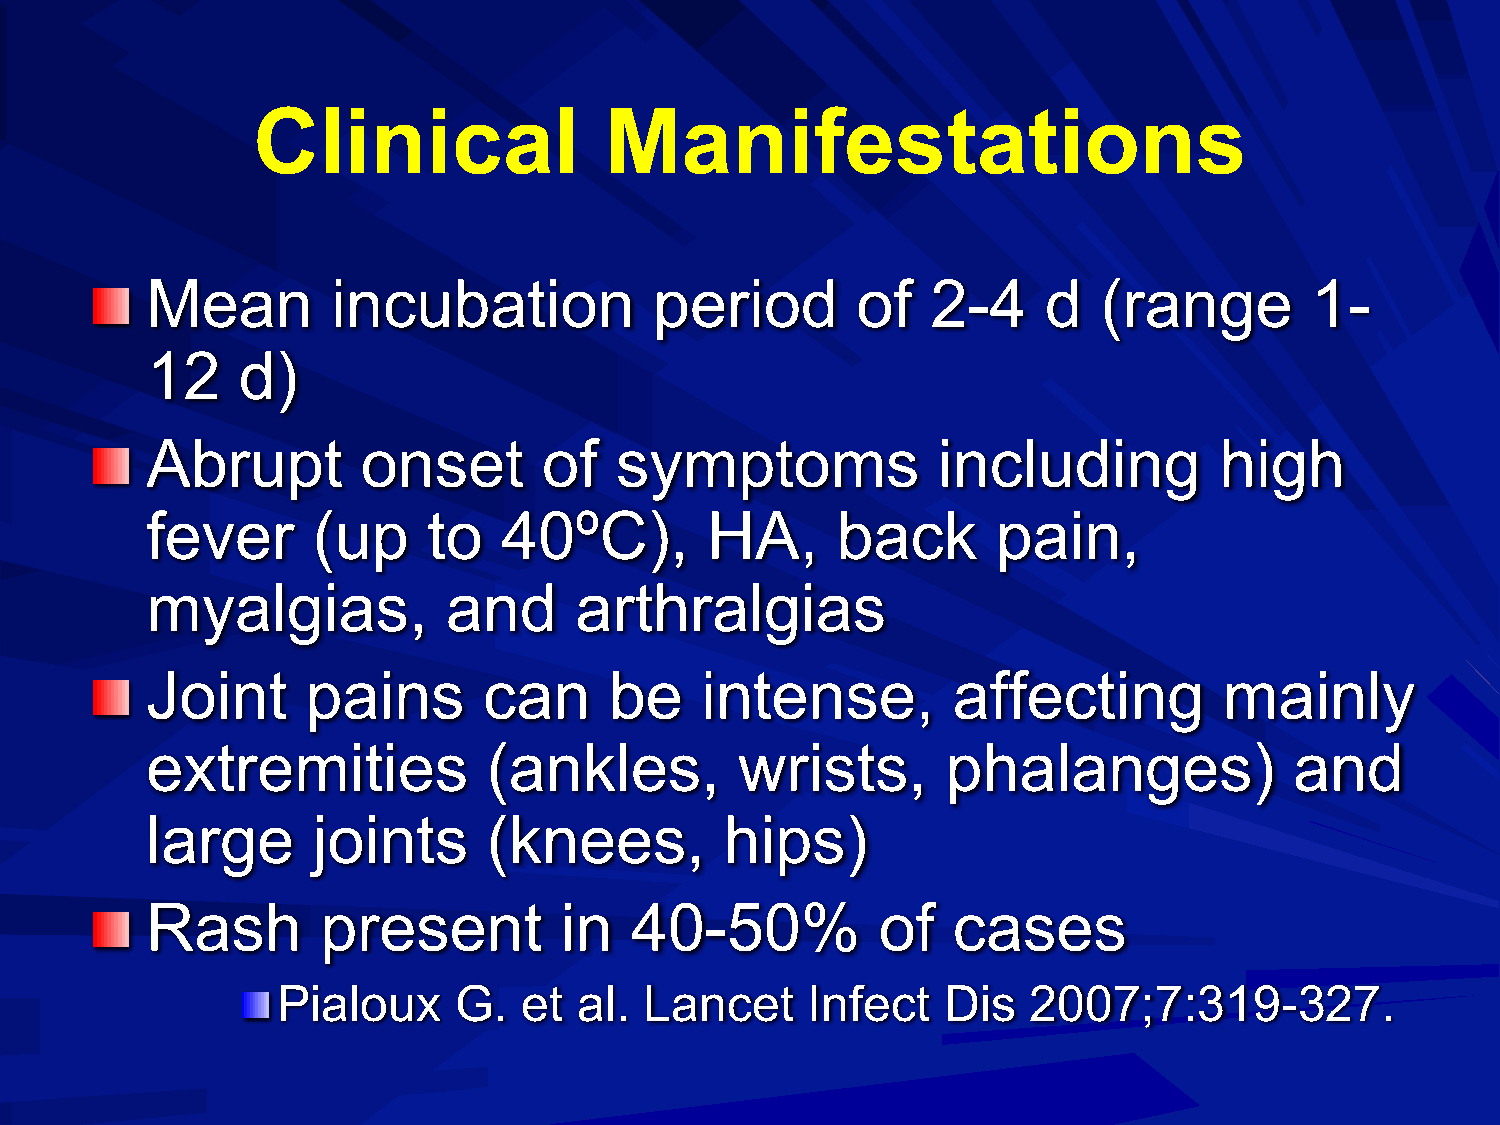
Clinical               Manifestations
 Mean        incubation           period        of   2-4    d   (range        1-
 12    d)
 Abrupt        onset       of   symptoms             including          high
 fever      (up    to   40ºC),        HA,     back       pain,
 myalgias,           and     arthralgias
 Joint     pains       can     be    intense,         affecting         mainly
 extremities           (ankles,         wrists,       phalanges)             and
 large      joints     (knees,         hips)
 Rash       present         in   40-50%          of   cases
 Pialoux     G.   et al.  Lancet     Infect   Dis  2007;7:319-327.